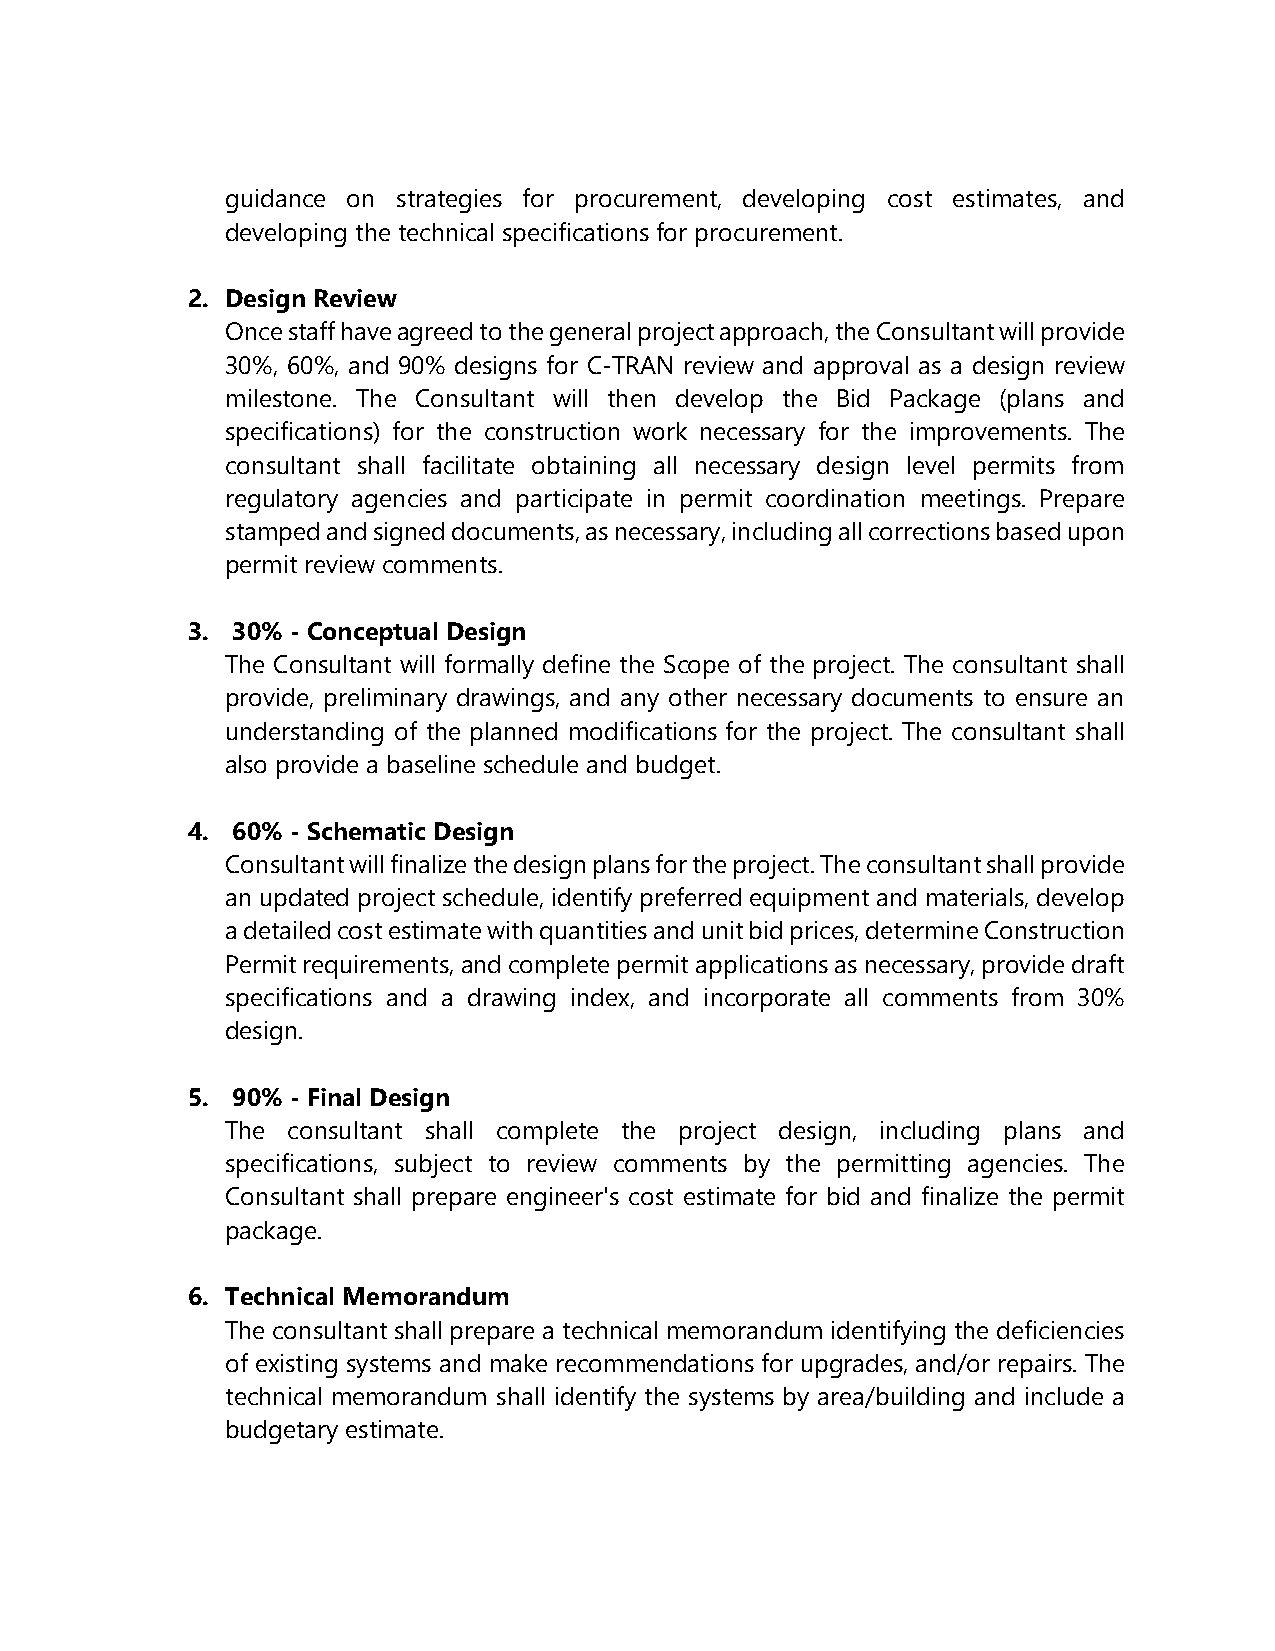
guidance on strategies for procurement, developing cost estimates, and
 developing the technical specifications for procurement.
 2. Design Review
 Once staff have agreed to the general project approach, the Consultant will provide
 30%, 60%, and 90% designs for C-TRAN review and approval as a design review
 milestone. The Consultant will then develop the Bid Package (plans and
 specifications) for the construction work necessary for the improvements. The
 consultant shall facilitate obtaining all necessary design level permits from
 regulatory agencies and participate in permit coordination meetings. Prepare
 stamped and signed documents, as necessary, including all corrections based upon
 permit review comments.
 3. 30% - Conceptual Design
 The Consultant will formally define the Scope of the project. The consultant shall
 provide, preliminary drawings, and any other necessary documents to ensure an
 understanding of the planned modifications for the project. The consultant shall
 also provide a baseline schedule and budget.
 4. 60% - Schematic Design
 Consultant will finalize the design plans for the project. The consultant shall provide
 an updated project schedule, identify preferred equipment and materials, develop
 a detailed cost estimate with quantities and unit bid prices, determine Construction
 Permit requirements, and complete permit applications as necessary, provide draft
 specifications and a drawing index, and incorporate all comments from 30%
 design.
 5. 90% - Final Design
 The consultant shall complete the project design, including plans and
 specifications, subject to review comments by the permitting agencies. The
 Consultant shall prepare engineer's cost estimate for bid and finalize the permit
 package.
 6. Technical Memorandum
 The consultant shall prepare a technical memorandum identifying the deficiencies
 of existing systems and make recommendations for upgrades, and/or repairs. The
 technical memorandum shall identify the systems by area/building and include a
 budgetary estimate.